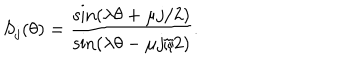
S _ { j } ( \theta ) = { \frac { \sin ( \lambda \theta + \mu j / 2 ) } { \sin ( \lambda \theta - \mu j / 2 ) } } .